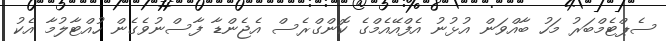
ސެޕްޓެމްބަރު މަހު ބާއްވަން އުޅުނު އެފްއޭއެމްގެ ކޮންގްރެސް އެޖެންޑާ ފާސްނުވެގެން ހުއްޓާލުމާ އެކު